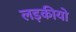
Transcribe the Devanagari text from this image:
लड़कीयो